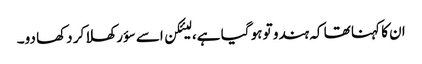
ان کا کہنا تھا کہ ہندو تو ہو گیا ہے، لیئکن اسے سؤر کھلا کر دکھا دو۔